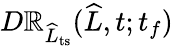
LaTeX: D\mathbb{R}_{\widehat{{L}}_{\mathrm{{ts}}}}(\widehat{{L}},t;t_{f})